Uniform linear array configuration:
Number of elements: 8
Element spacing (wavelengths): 1
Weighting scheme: uniform
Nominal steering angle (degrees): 60
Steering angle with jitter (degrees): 61.593
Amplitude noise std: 0.05
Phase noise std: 0.05

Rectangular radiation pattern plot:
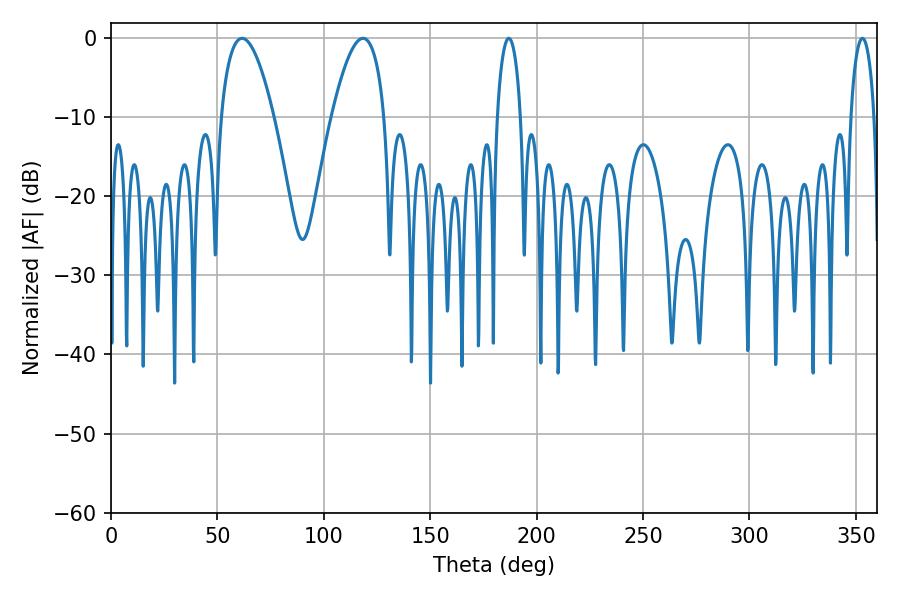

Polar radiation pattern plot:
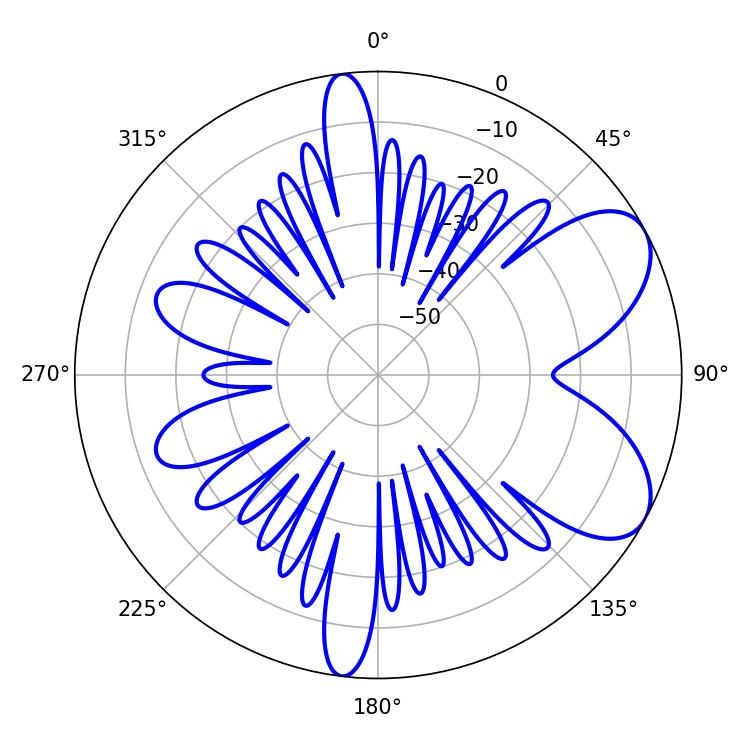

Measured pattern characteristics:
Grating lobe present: TRUE
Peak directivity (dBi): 6.87
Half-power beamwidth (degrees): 13.68
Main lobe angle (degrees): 61.56